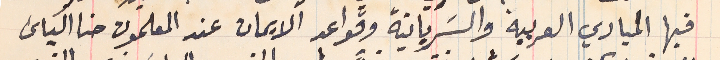
فيها المبادي العربية والسَريانية وقواعد الايمان عند المعلمون حنا الياسَ